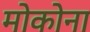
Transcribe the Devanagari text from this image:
मोकोना